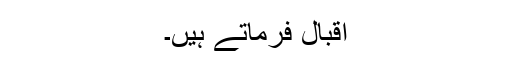
اقبالؔ فرماتے ہیں۔